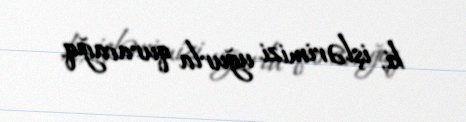
ki, işlərimizi uğurla quracağıq.